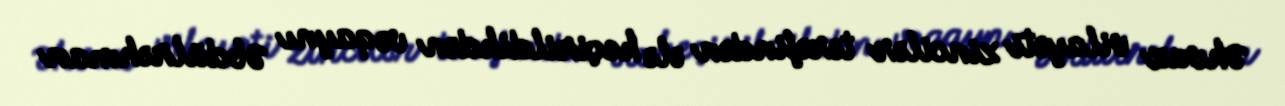
Əhvaz vilayəti zincilər tərəfindən ələ keçirildikdən və qaynı Əbdülrəhman